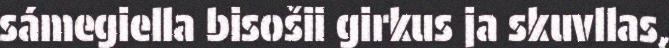
sámegiella bisošii girkus ja skuvllas,